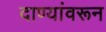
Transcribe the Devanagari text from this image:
दाण्यांवरून